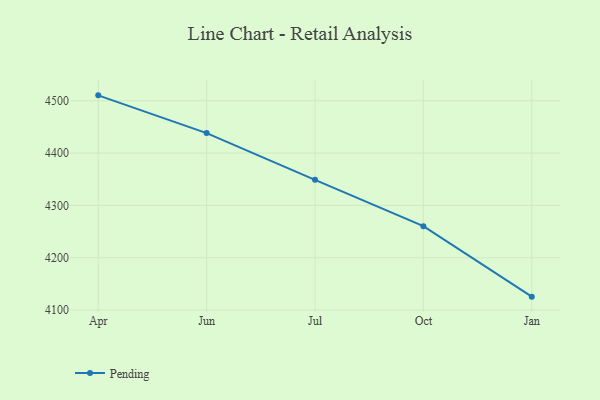
{"axis": {"x": "Month", "y": "Net Income (USD K)"}, "legend": ["Pending"], "data": [{"x": "Apr", "y": 4510.3, "type": "Pending"}, {"x": "Jun", "y": 4438.2, "type": "Pending"}, {"x": "Jul", "y": 4348.8, "type": "Pending"}, {"x": "Oct", "y": 4260.3, "type": "Pending"}, {"x": "Jan", "y": 4125.6, "type": "Pending"}]}